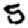
Digit: 5